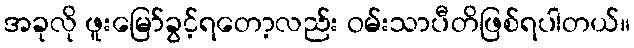
အခုလို ဖူးမြော်ခွင့်ရတော့လည်း ဝမ်းသာပီတိဖြစ်ရပါတယ်။